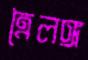
ত্রৈলঙ্গ